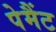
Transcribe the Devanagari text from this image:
पेमैंट